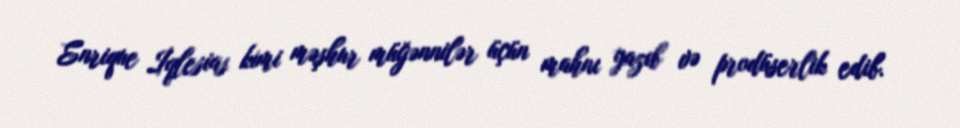
Enrique İqlesias kimi məşhur müğənnilər üçün mahnı yazıb və prodüserlik edib.